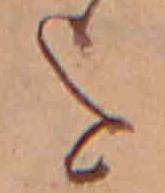
を